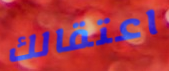
اعتقالك